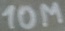
Text: 10M